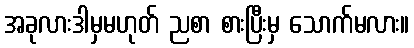
အခုလားဒါမှမဟုတ် ညစာ စားပြီးမှ သောက်မလား။